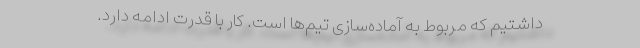
داشتیم که مربوط به آماده‌سازی تیم‌ها است. کار با قدرت ادامه دارد.